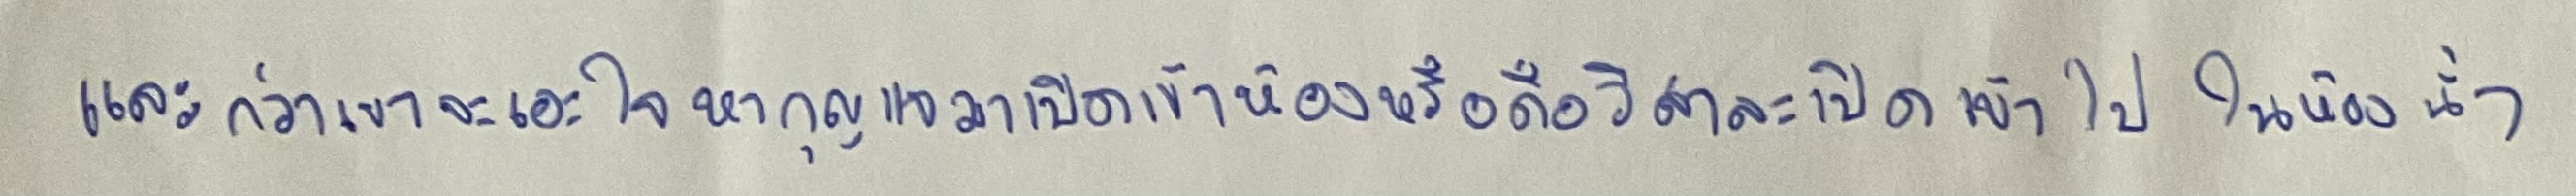
และกว่าเขาจะเอะใจหากุญแจมาเปิดเข้าห้องหรือถือวิสาสะเปิดเข้าไปในห้องน้ำ